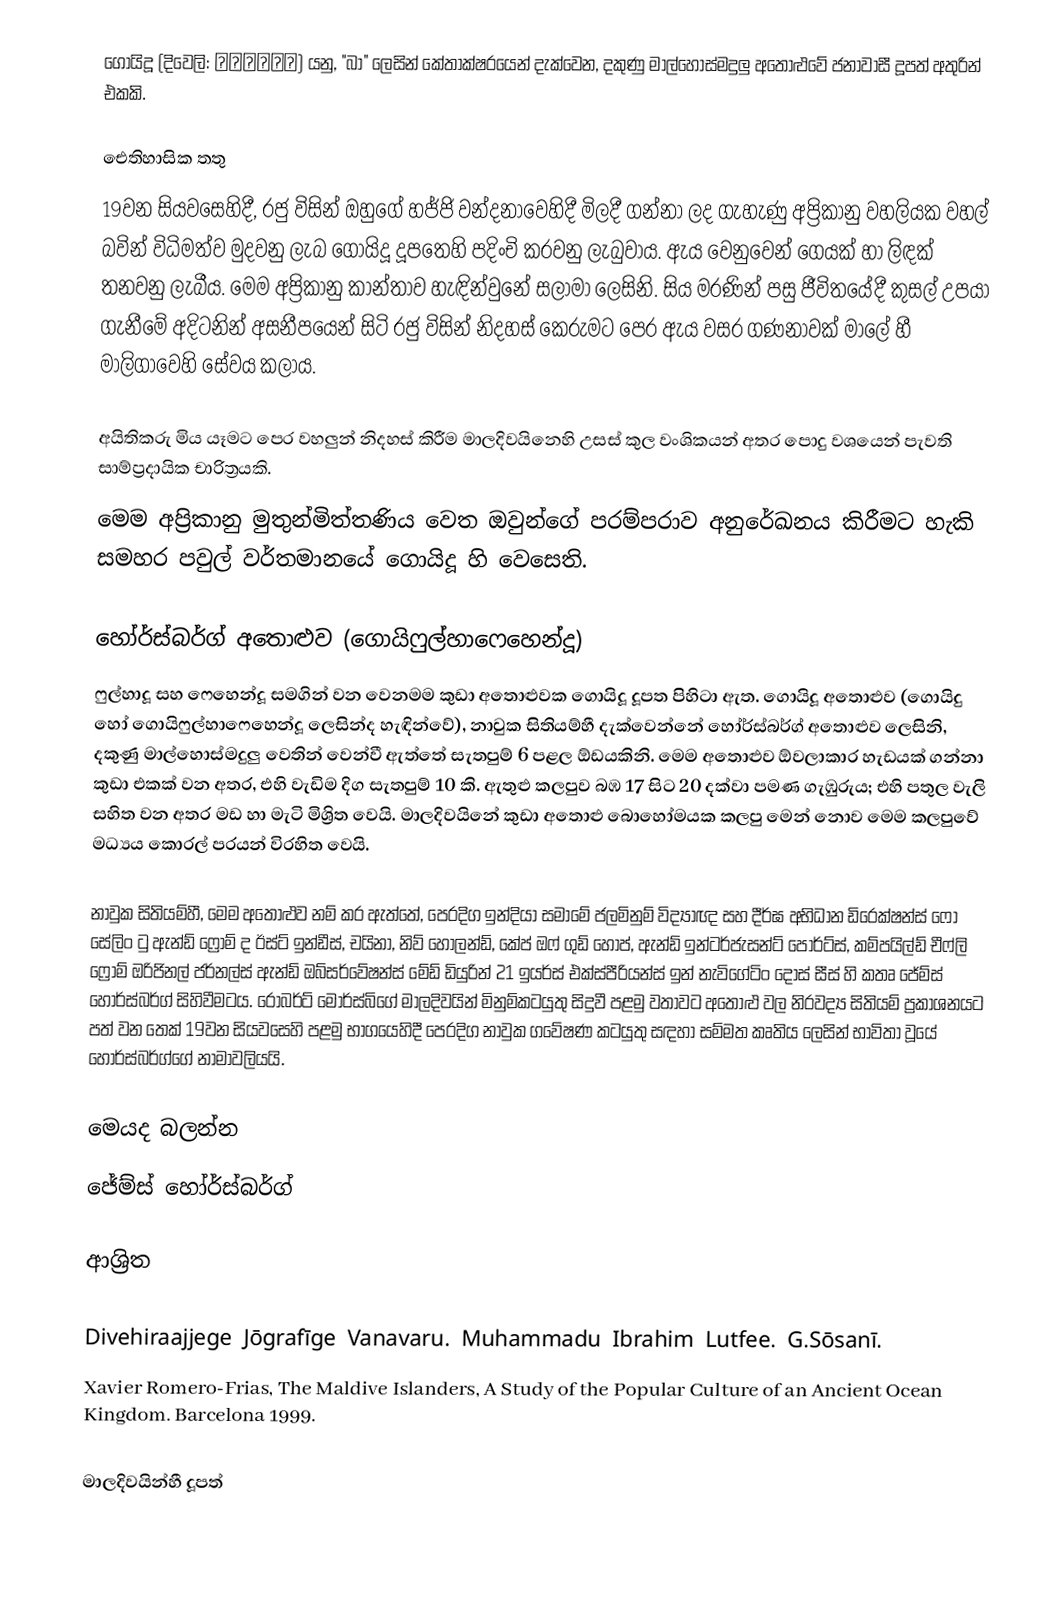
ගොයිදූ (දිවෙලි: ގޮއިދޫ) යනු,  "බා" ලෙසින් කේතාක්ෂරයෙන් දැක්වෙන,  දකුණු මාල්හොස්මදුලු අතොළුවේ  ජනාවාසී දූපත් අතුරින් එකකි.

ඓතිහාසික තතු
19වන සියවසෙහිදී, රජු විසින් ඔහුගේ හජ්ජි වන්දනාවෙහිදී මිලදී ගන්නා ලද ගැහැණු අප්‍රිකානු වහලියක වහල් බවින් විධිමත්ව මුදවනු ලැබ ගොයිදූ දූපතෙහි පදිංචි කරවනු ලැබුවාය. ඇය වෙනුවෙන් ගෙයක් හා ලිඳක් තනවනු ලැබීය. මෙම අප්‍රිකානු කාන්තාව හැඳින්වුනේ සලාමා  ලෙසිනි. සිය මරණින් පසු ජීවිතයේදී කුසල් උපයා ගැනීමේ අදිටනින් අසනීපයෙන් සිටි රජු විසින් නිදහස් කෙරුමට පෙර ඇය වසර ගණනාවක් මාලේ හී මාලිගාවෙහි සේවය කලාය.

අයිතිකරු මිය යෑමට පෙර වහලුන් නිදහස් කිරීම මාලදිවයිනෙහි උසස් කුල වංශිකයන් අතර පොදු වශයෙන් පැවති සාම්ප්‍රදායික චාරිත්‍රයකි.
මෙම අප්‍රිකානු මුතුන්මිත්තණිය වෙත  ඔවුන්ගේ පරම්පරාව අනුරේඛනය කිරීමට හැකි සමහර පවුල් වර්තමානයේ ගොයිදූ හි වෙසෙති.

හෝර්ස්බර්ග් අතොළුව (ගොයිෆුල්හාෆෙහෙන්දූ)
ෆුල්හාදූ සහ ෆෙහෙන්දූ සමගින් වන වෙනමම කුඩා අතොළුවක ගොයිදූ දූපත පිහිටා ඇත. ගොයිදූ අතොළුව (ගොයිදු හෝ ගොයිෆුල්හාෆෙහෙන්දූ ලෙසින්ද හැඳින්වේ), නාවුක සිතියම්හී  දැක්වෙන්නේ  හෝර්ස්බර්ග් අතොළුව ලෙසිනි, දකුණු මාල්හොස්මදුලු වෙතින් වෙන්වී ඇත්තේ සැතපුම් 6 පළල ඕඩයකිනි. මෙම අතොළුව ඕවලාකාර හැඩයක් ගන්නා කුඩා එකක් වන අතර, එහි වැඩිම දිග සැතපුම් 10 කි. ඇතුළු කලපුව බඹ 17 සිට 20 දක්වා පමණ ගැඹුරුය; එහි පතුල වැලි සහිත වන අතර මඩ හා මැටි මිශ්‍රිත වෙයි. මාලදිවයිනේ කුඩා අතොළු බොහෝමයක කලපු මෙන් නොව මෙම කලපුවේ මධ්‍යය කොරල් පරයන් විරහිත වෙයි.

නාවුක සිතියම්හී, මෙම අතොළුව නම් කර ඇත්තේ, පෙරදිග ඉන්දියා සමාමේ ජලමිනුම් විද්‍යාඥ  සහ දීර්ඝ අභිධාන ඩිරෙක්ෂන්ස් ෆො සේලිං ටු  ඇන්ඩ් ෆ්‍රොම් ද ඊස්ට් ඉන්ඩීස්, චයිනා, නිව් හොලන්ඩ්, කේප් ඔෆ් ගුඩ් හෝප්, ඇන්ඩ් ඉන්ටර්ජැසන්ට් පෝර්ට්ස්, කම්පයිල්ඩ් චීෆ්ලි ෆ්‍රොම් ඔරිජිනල් ජර්නල්ස් ඇන්ඩ් ඔබ්සර්වේෂන්ස් මේඩ් ඩියුරින් 21 ඉයර්ස් එක්ස්පීරියන්ස් ඉන් නැවිගේටිං දෝස් සීස් හි කතෘ ජේම්ස් හෝර්ස්බර්ග් සිහිවීමටය. රොබර්ට් මෝර්ස්බිගේ මාලදිවයින් මිනුම්කටයුතු සිදුවී පළමු වතාවට අතොළු වල නිරවද්‍ය සිතියම් ප්‍රකාශනයට පත් වන තෙක් 19වන සියවසෙහි පළමු භාගයෙහිදී පෙරදිග නාවුක ගවේෂණ කටයුතු සඳහා සම්මත කෘතිය ලෙසින් භාවිතා වූයේ  හෝර්ස්බර්ග්ගේ නාමාවලියයි.

මෙයද බලන්න
ජේම්ස් හෝර්ස්බර්ග්

ආශ්‍රිත

 Divehiraajjege Jōgrafīge Vanavaru. Muhammadu Ibrahim Lutfee. G.Sōsanī.
 Xavier Romero-Frias, The Maldive Islanders, A Study of the Popular Culture of an Ancient Ocean Kingdom. Barcelona 1999.

මාලදිවයින්හී දූපත්